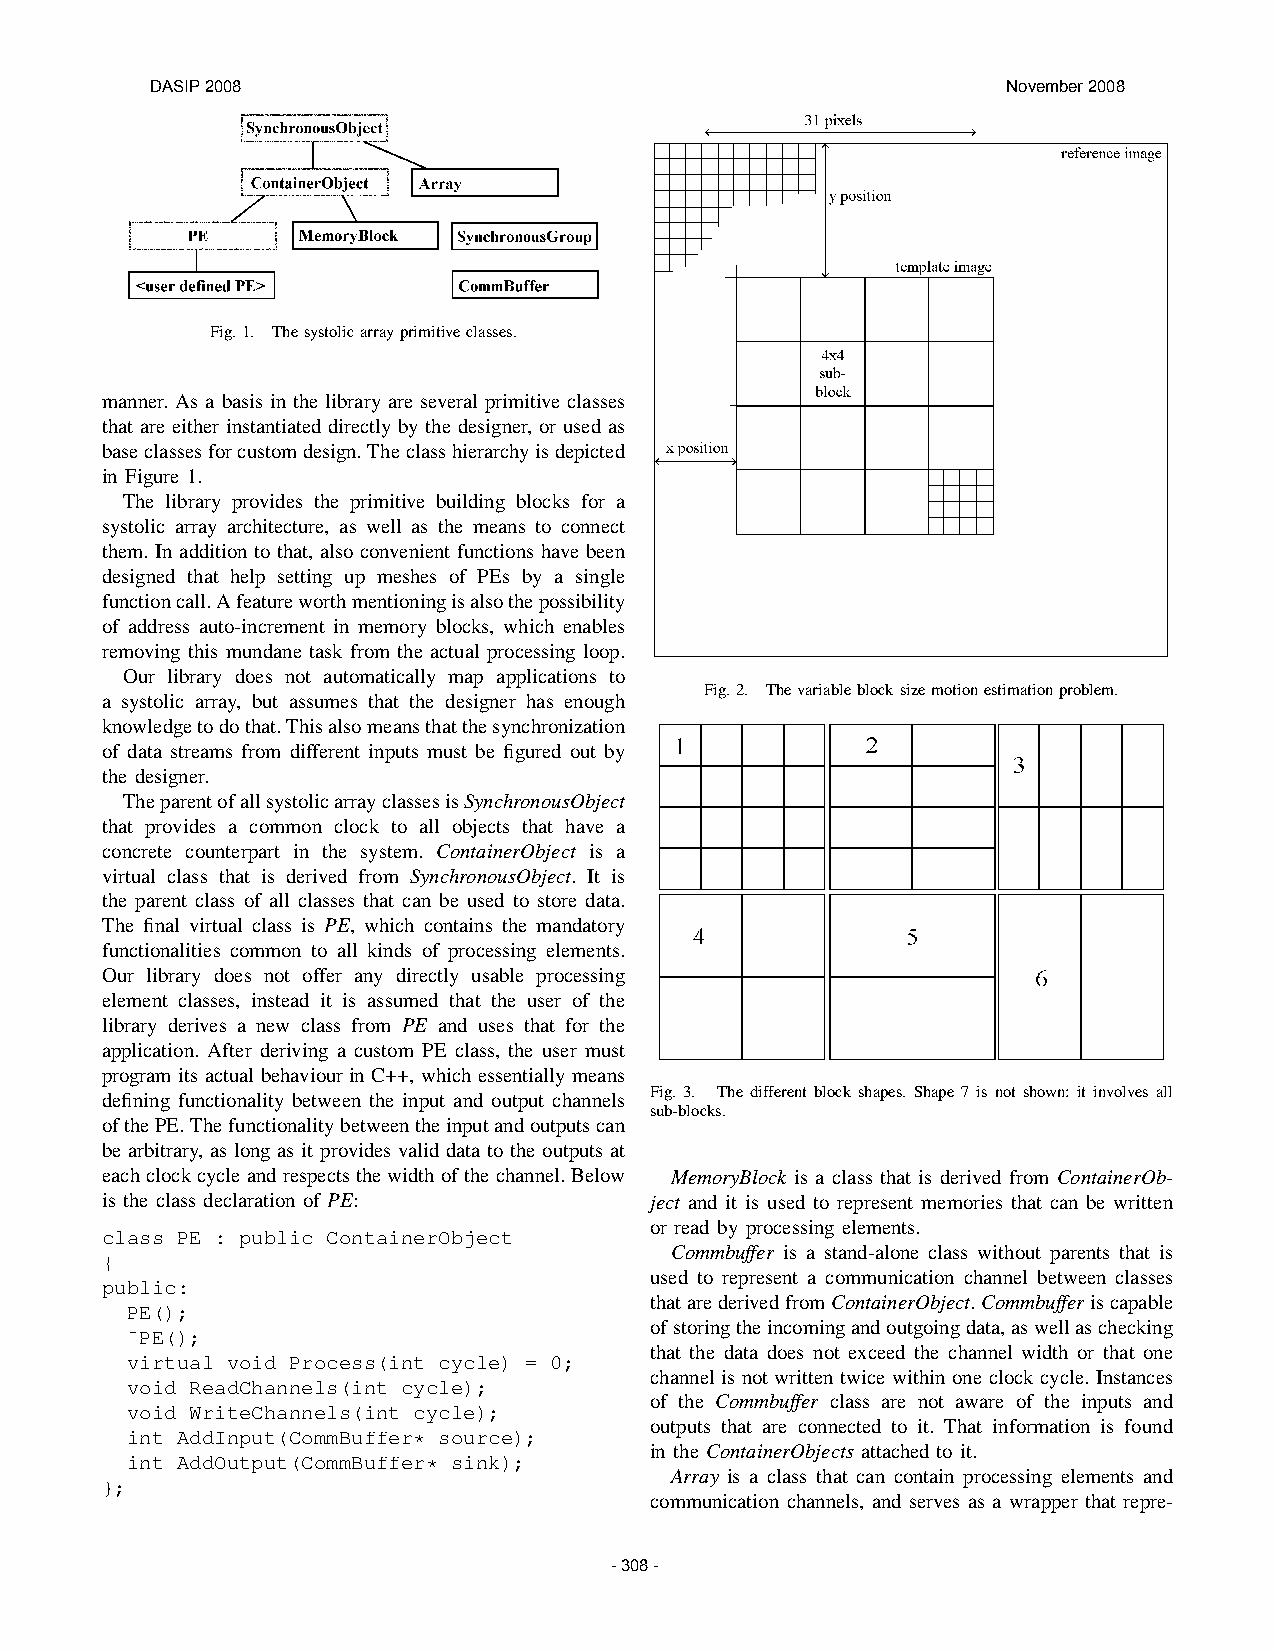
DASIP 2008                                               November 2008
 Fig.1. Thesystolicarrayprimitiveclasses.
 manner. As a basis in the library are several primitive classes
 that are either instantiated directly by the designer, or used as
 baseclassesforcustomdesign.Theclasshierarchyisdepicted
 in Figure 1.
 The library provides the primitive building blocks for a
 systolic array architecture, as well as the means to connect
 them. In addition to that, also convenient functions have been
 designed that help setting up meshes of PEs by a single
 functioncall.Afeatureworthmentioningisalsothepossibility
 of address auto-increment in memory blocks, which enables
 removing this mundane task from the actual processing loop.
 Our library does not automatically map applications to
 Fig.2. Thevariableblocksizemotionestimationproblem.
 a systolic array, but assumes that the designer has enough
 knowledgetodothat.Thisalsomeansthatthesynchronization
 of data streams from different inputs must be figured out by
 the designer.
 TheparentofallsystolicarrayclassesisSynchronousObject
 that provides a common clock to all objects that have a
 concrete counterpart in the system. ContainerObject is a
 virtual class that is derived from SynchronousObject. It is
 the parent class of all classes that can be used to store data.
 The final virtual class is PE, which contains the mandatory
 functionalities common to all kinds of processing elements.
 Our library does not offer any directly usable processing
 element classes, instead it is assumed that the user of the
 library derives a new class from PE and uses that for the
 application. After deriving a custom PE class, the user must
 program its actual behaviour in C++, which essentially means
 Fig. 3. The different block shapes. Shape 7 is not shown: it involves all
 defining functionality between the input and output channels
 sub-blocks.
 ofthePE.Thefunctionalitybetweentheinputandoutputscan
 be arbitrary, as long as it provides valid data to the outputs at
 eachclockcycleandrespectsthewidthofthechannel.Below MemoryBlock is a class that is derived from ContainerOb-
 is the class declaration of PE:     ject and it is used to represent memories that can be written
 or read by processing elements.
 class PE : public ContainerObject
 Commbuffer is a stand-alone class without parents that is
 {
 used to represent a communication channel between classes
 public:
 thatarederivedfromContainerObject.Commbufferiscapable
 PE();
 ofstoringtheincomingandoutgoingdata,aswellaschecking
 ˜PE();
 that the data does not exceed the channel width or that one
 virtual void Process(int cycle) = 0;
 channel is not written twice within one clock cycle. Instances
 void ReadChannels(int cycle);
 of the Commbuffer class are not aware of the inputs and
 void WriteChannels(int cycle);
 outputs that are connected to it. That information is found
 int AddInput(CommBuffer* source);
 in the ContainerObjects attached to it.
 int AddOutput(CommBuffer* sink);
 Array is a class that can contain processing elements and
 };
 communication channels, and serves as a wrapper that repre-
 - 308 -